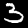
Label: 3